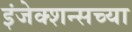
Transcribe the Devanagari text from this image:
इंजेक्शन्सच्या